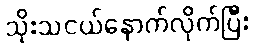
သိုးသငယ်နောက်လိုက်ပြီး